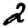
Digit: 2